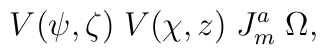
V(\psi,\zeta)\;V(\chi,z)\;J^{a}_{m}\;\Omega,